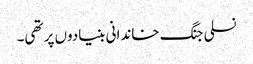
نسلی جنگ خاندانی بنیادوں پر تھی۔